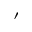
'